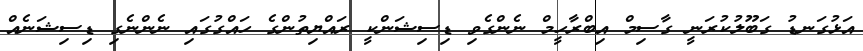
އަޅުގަނޑު ގަބޫލުކުރަނީ ގާސިމް އިބްރާހީމް ނެންގެވި ޑިސިޝަންކީ ރައްޔިތުންގެ ހައްގުގައި ނެންނެގި ޑިސިޝަނެއް